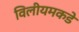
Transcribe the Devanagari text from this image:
विलीयमकडे